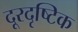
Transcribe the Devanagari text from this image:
दूरदृष्टिक